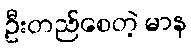
ဦးတည်စေတဲ့ မာန